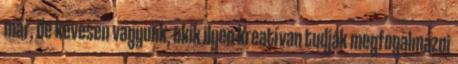
már, de kevesen vagyunk, akik ilyen kreatívan tudják megfogalmazni